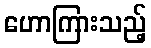
ဟောကြားသည့်